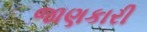
જાણકારી